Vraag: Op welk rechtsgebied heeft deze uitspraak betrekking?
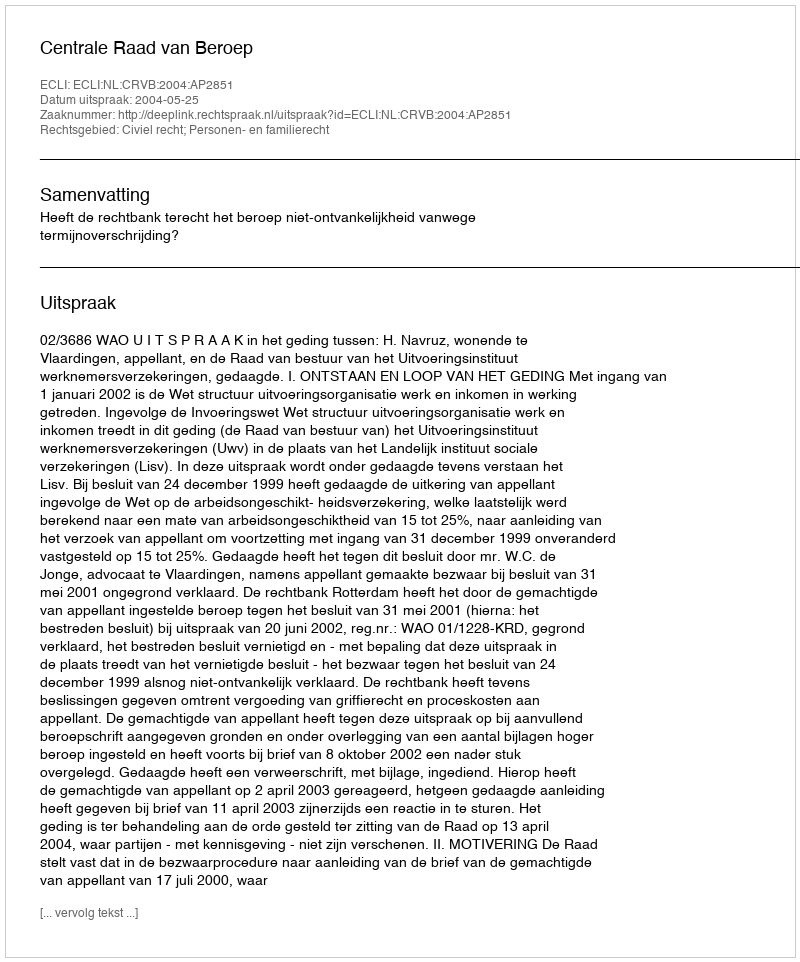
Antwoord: Civiel recht; Personen- en familierecht